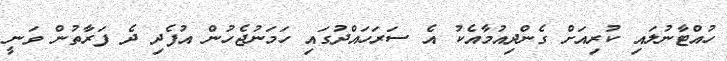
ހުއްޓާނުލައި ކުރިއަށް ގެންދިއުމާއެކު އެ ސަރަހައްދުގައި ހަމަނުޖެހުން އުފެދި ދެ ފަރާތުން ވަނީ